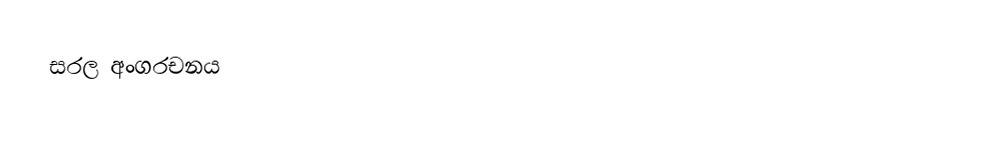
සරල අංගරචනය